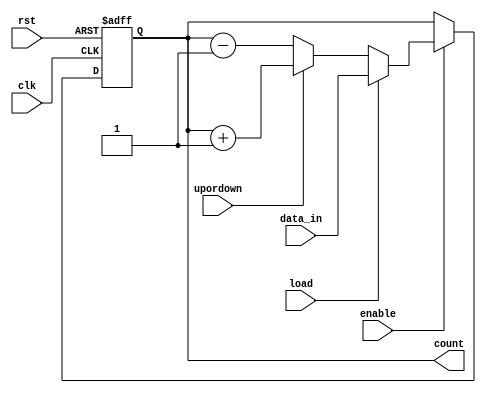
module updown(clk,rst,enable,load,upordown,data_in,count);
input clk,rst,load,enable,upordown;
input[3:0] data_in;
output reg[3:0]count;
always @(posedge clk or posedge rst ) begin
    if(rst)
    count<=4'h0;
    else if(enable)begin
        if(load)
        count<=data_in;
        else begin
            if(upordown)
            count<=count+1'b1;
            else
            count<=count-1'b1;
        end
    end
end
endmodule